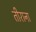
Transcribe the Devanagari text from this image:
तीराना